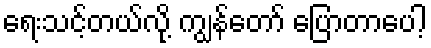
ရေးသင့်တယ်လို့ ကျွန်တော် ပြောတာပေါ့